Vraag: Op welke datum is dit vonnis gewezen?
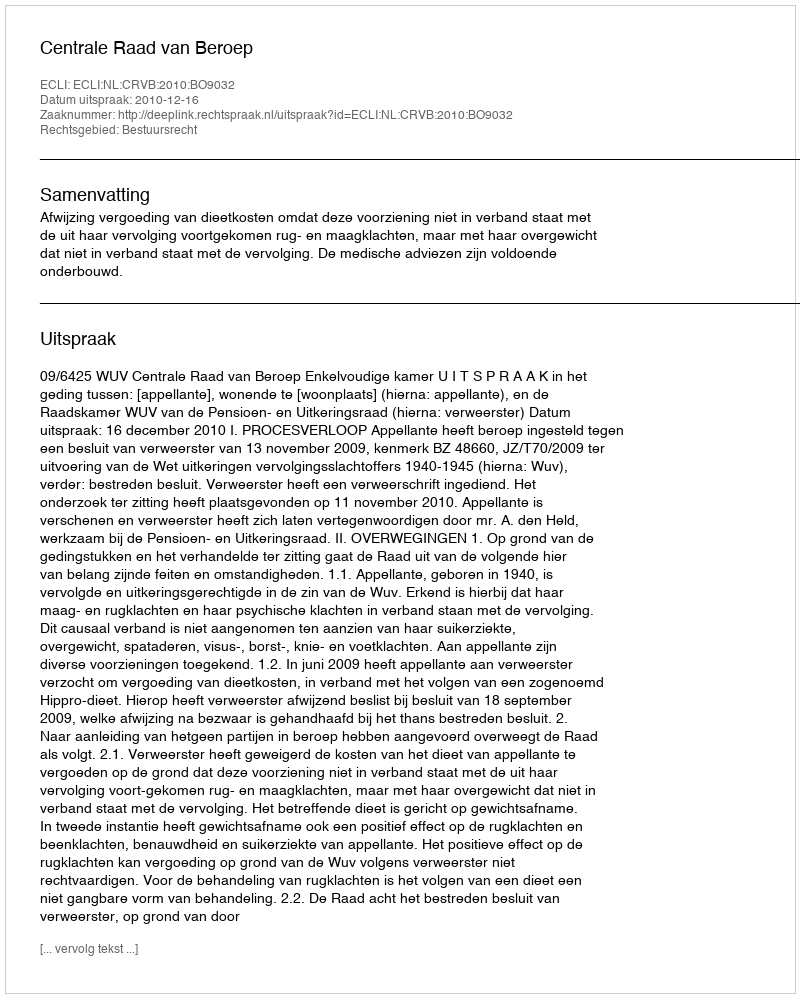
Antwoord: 2010-12-16